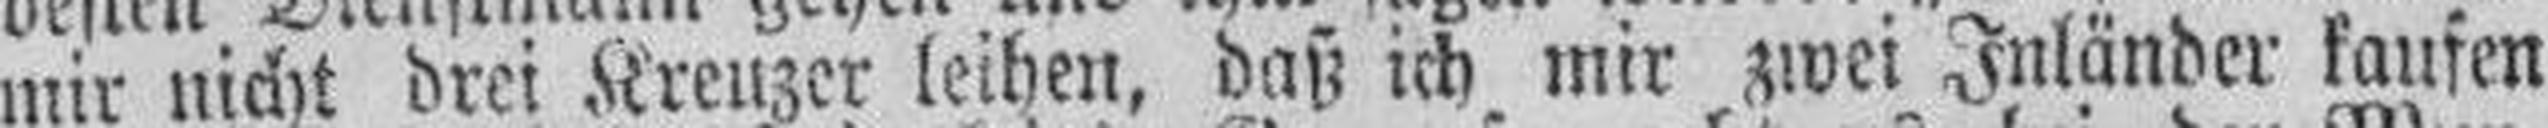
mir nicht drei Kreuzer leihen, daß ich mir zwei Inländer kaufen